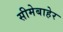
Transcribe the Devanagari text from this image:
सीमेबाहेर